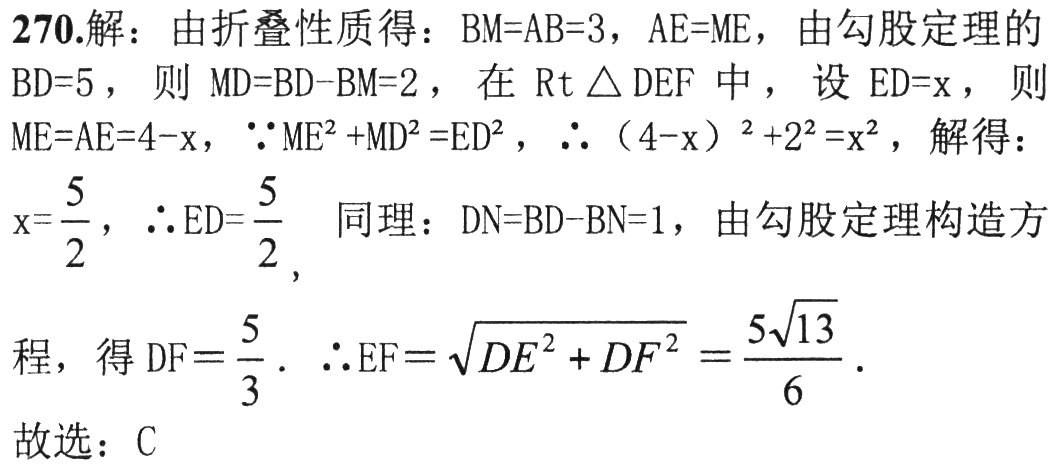
270.解：由折叠性质得：\(BM = AB = 3\)，\(AE = ME\)，由勾股定理的\(BD = 5\)，则\(MD=BD - BM = 2\)，在\(\mathrm{Rt}\triangle DEF\)中，设\(ED = x\)，则\(ME = AE = 4 - x\)，\(\because ME^{2}+MD^{2}=ED^{2}\)，\(\therefore(4 - x)^{2}+2^{2}=x^{2}\)，解得：\(x = \frac{5}{2}\)，\(\therefore ED=\frac{5}{2}\). 同理：\(DN = BD - BN = 1\)，由勾股定理构造方
程，得\(DF=\frac{5}{3}\). \(\therefore EF=\sqrt{DE^{2}+DF^{2}}=\frac{5\sqrt{13}}{6}\).
故选：C